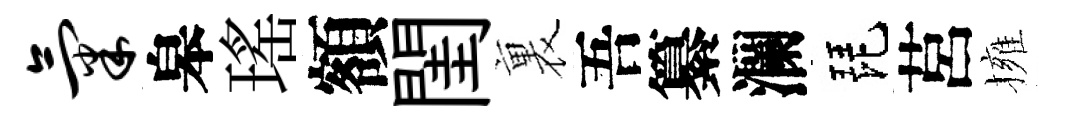
气皋瑤額閨裏吾纂瀾琵莒擁